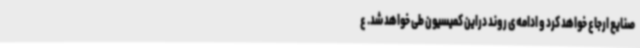
صنایع ارجاع خواهد کرد و ادامه‌ی روند دراین کمیسیون طی خواهد شد. ع